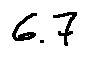
6 . 7